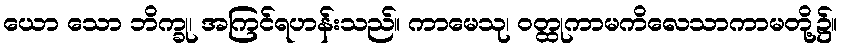
ယော သော ဘိက္ခု၊ အကြင်ရဟန်းသည်။ ကာမေသု၊ ဝတ္ထုကာမကိလေသာကာမတို့၌။